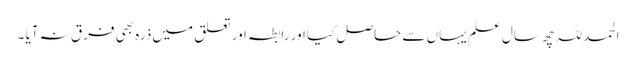
الحمدللہ چھ سال علم یہاں سے حاصل کیا اور رابطہ اور تعلق میں ذرہ بھی فرق نہ آیا ۔